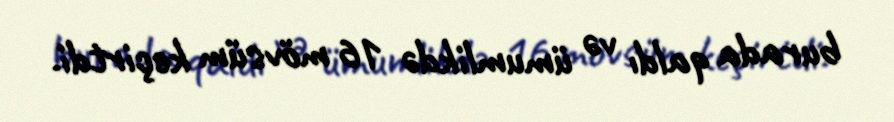
burada qaldı və ümumlikdə 16 mövsüm keçirtdi.